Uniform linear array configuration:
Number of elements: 16
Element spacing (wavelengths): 0.25
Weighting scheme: hann
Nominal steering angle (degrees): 30
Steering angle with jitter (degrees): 31.481
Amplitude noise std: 0.05
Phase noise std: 0.05

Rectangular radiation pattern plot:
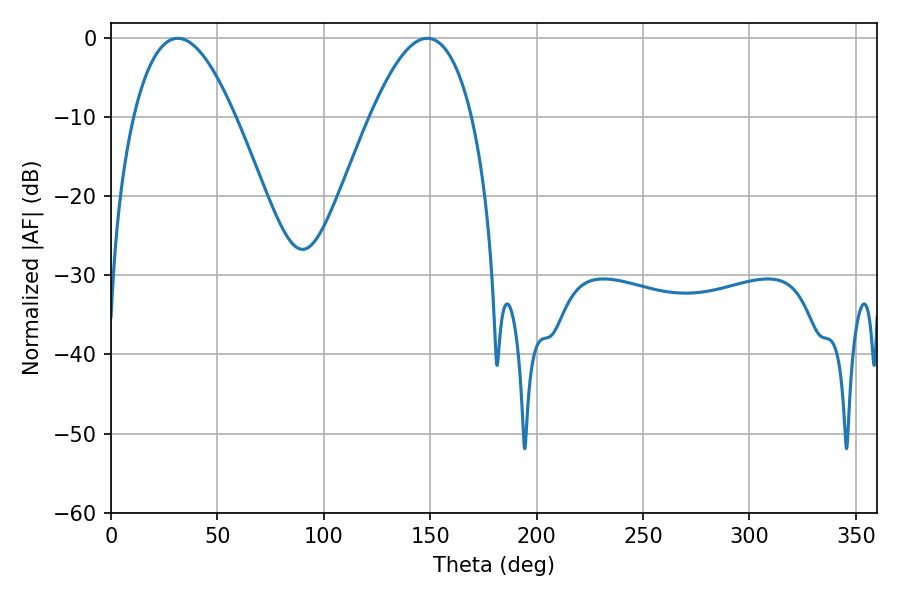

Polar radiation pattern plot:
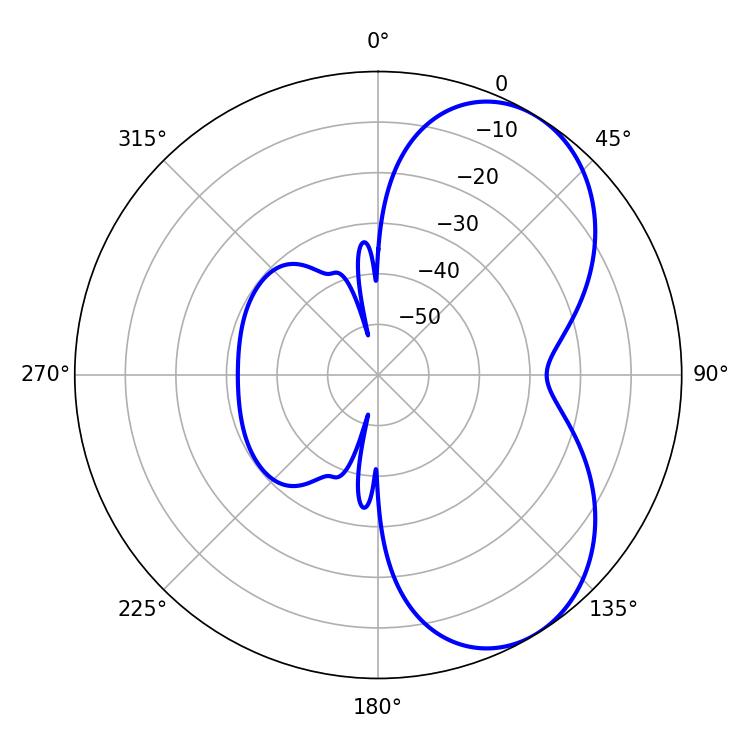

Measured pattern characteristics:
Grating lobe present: FALSE
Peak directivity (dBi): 5.755
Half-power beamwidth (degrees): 26.1
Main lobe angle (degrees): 148.68